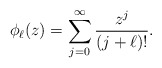
\begin{align*} \phi_\ell(z) = \sum_{j=0}^{\infty} \frac{z^j}{(j + \ell)!}.\end{align*}